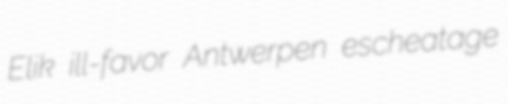
Elik ill-favor Antwerpen escheatage